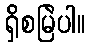
ရှိစမြဲပါ။